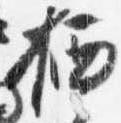
栖